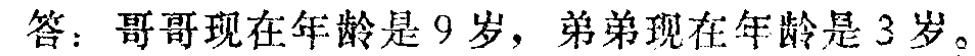
答：哥哥现在年龄是 9 岁，弟弟现在年龄是 3 岁。